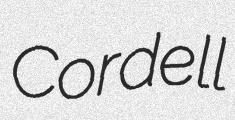
Cordell